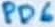
Text: PD6